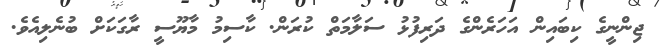
ޖިންނީގެ ކިބައިން އަހަރެންގެ ދަރިފުޅު ސަލާމަތް ކުރަން. ކާސިމު މާޔޫސީ ރާގަކަށް ބުނެލިއެވެ.